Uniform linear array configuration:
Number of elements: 48
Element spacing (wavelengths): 1
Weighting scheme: uniform
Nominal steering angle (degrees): -60
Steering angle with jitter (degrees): -60.674
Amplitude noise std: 0.05
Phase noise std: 0.05

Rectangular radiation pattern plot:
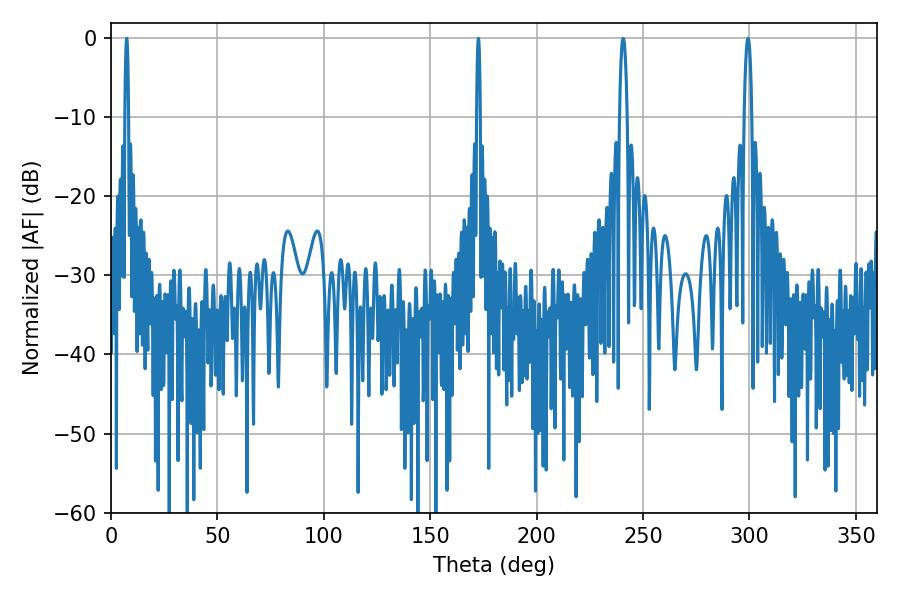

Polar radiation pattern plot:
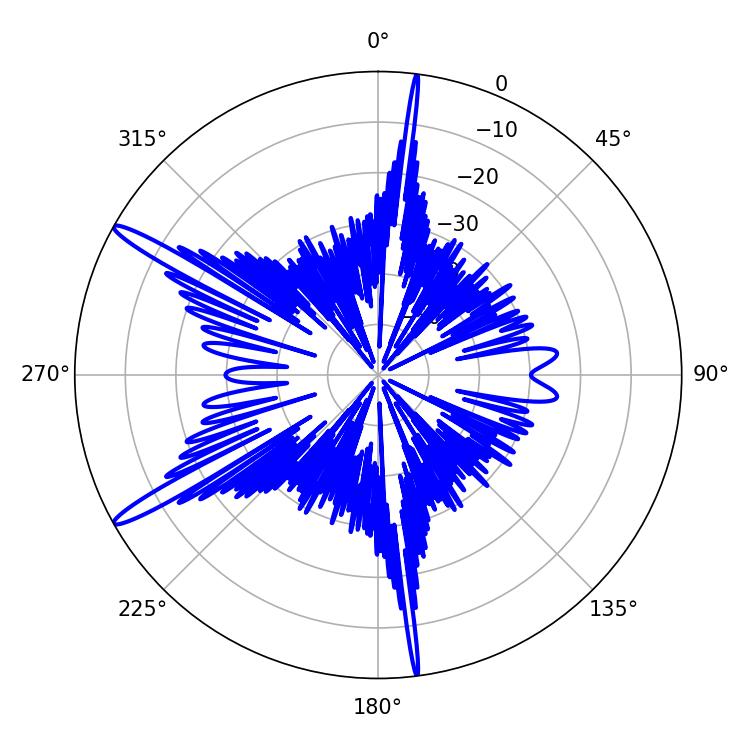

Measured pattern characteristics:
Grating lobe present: TRUE
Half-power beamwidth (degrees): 1.98
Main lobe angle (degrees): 240.66